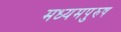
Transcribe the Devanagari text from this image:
मध्‍यमपुरुष